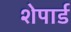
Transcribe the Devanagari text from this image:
शेपार्ड